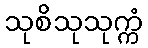
သုစိသုသုက္ကံ